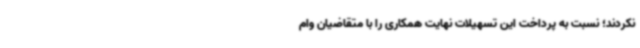
نکردند؛ نسبت به پرداخت این تسهیلات نهایت همکاری را با متقاضیان وام